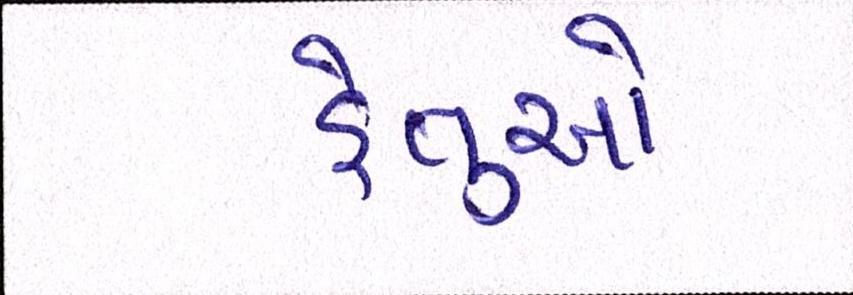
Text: હેતુઓ